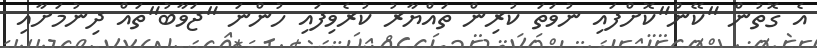
އެ ގޮތުން "ކޭން"ކޮށްފައި ނުވަތަ ކުރިން ތައްޔާރު ކުރެވިފައި ހުންނަ "ޖަވާބު"ތައް ދިނުމަށާއި